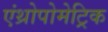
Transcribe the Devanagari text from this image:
एंथ्रोपोमेट्रिक